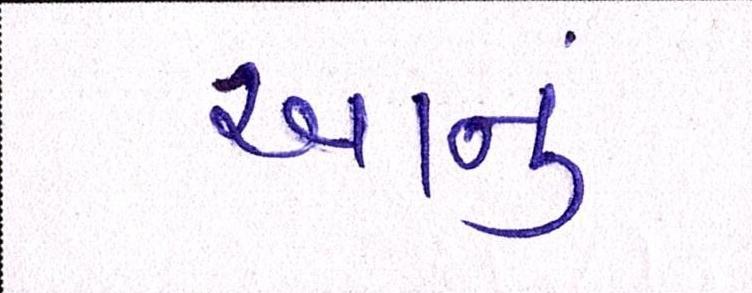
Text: આનું